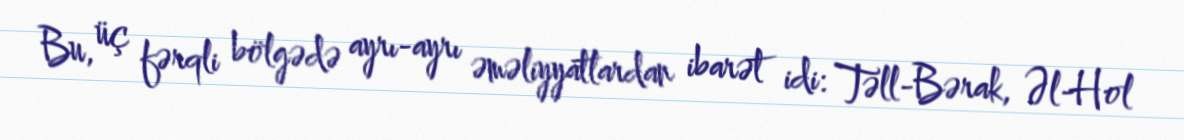
Bu, üç fərqli bölgədə ayrı-ayrı əməliyyatlardan ibarət idi: Təll-Bərak, Əl-Hol